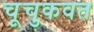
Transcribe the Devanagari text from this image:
चूचुकवत